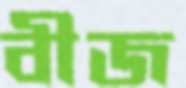
বীজ